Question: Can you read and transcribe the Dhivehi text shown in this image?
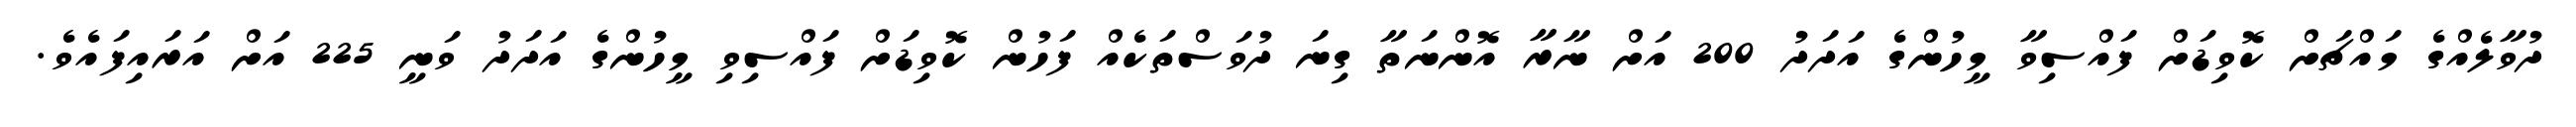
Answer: ދުވާލެއްގެ މައްޗަށް ކޮވިޑަށް ފައްސިވާ މީހުންގެ އަދަދު 200 އަށް ނާރާ އޮންނަތާ ގިނަ ދުވަސްތަކެއް ފަހުން ކޮވިޑަށް ފައްސިވި މީހުންގެ އަދަދު ވަނީ 225 އަށް އަރައިފައެވެ.